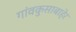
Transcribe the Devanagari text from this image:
गांवकुसाबाहेर